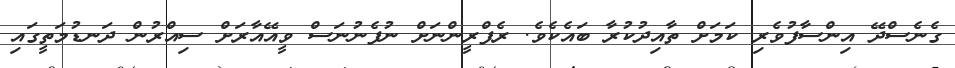
ގެނެސްދޭ އިންސާފުވެރި ކަމަށް ތާއިދުކުރާ ބައެކެވެ. ރެފްރީންނަށް ނުފެނުނަސް ވީއޭއާރަށް ސިއްރުން ދަނޑުމަތީގައި